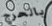
بالحرج